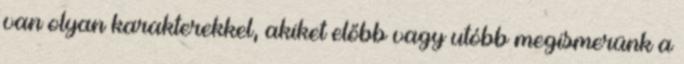
van olyan karakterekkel, akiket előbb vagy utóbb megismerünk a